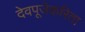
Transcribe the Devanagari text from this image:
देवपूजेकरिता